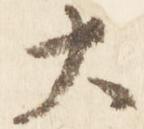
大